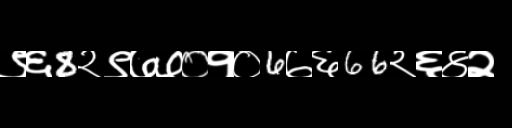
Text: ९६8२९७७०१०6७६66२६४२